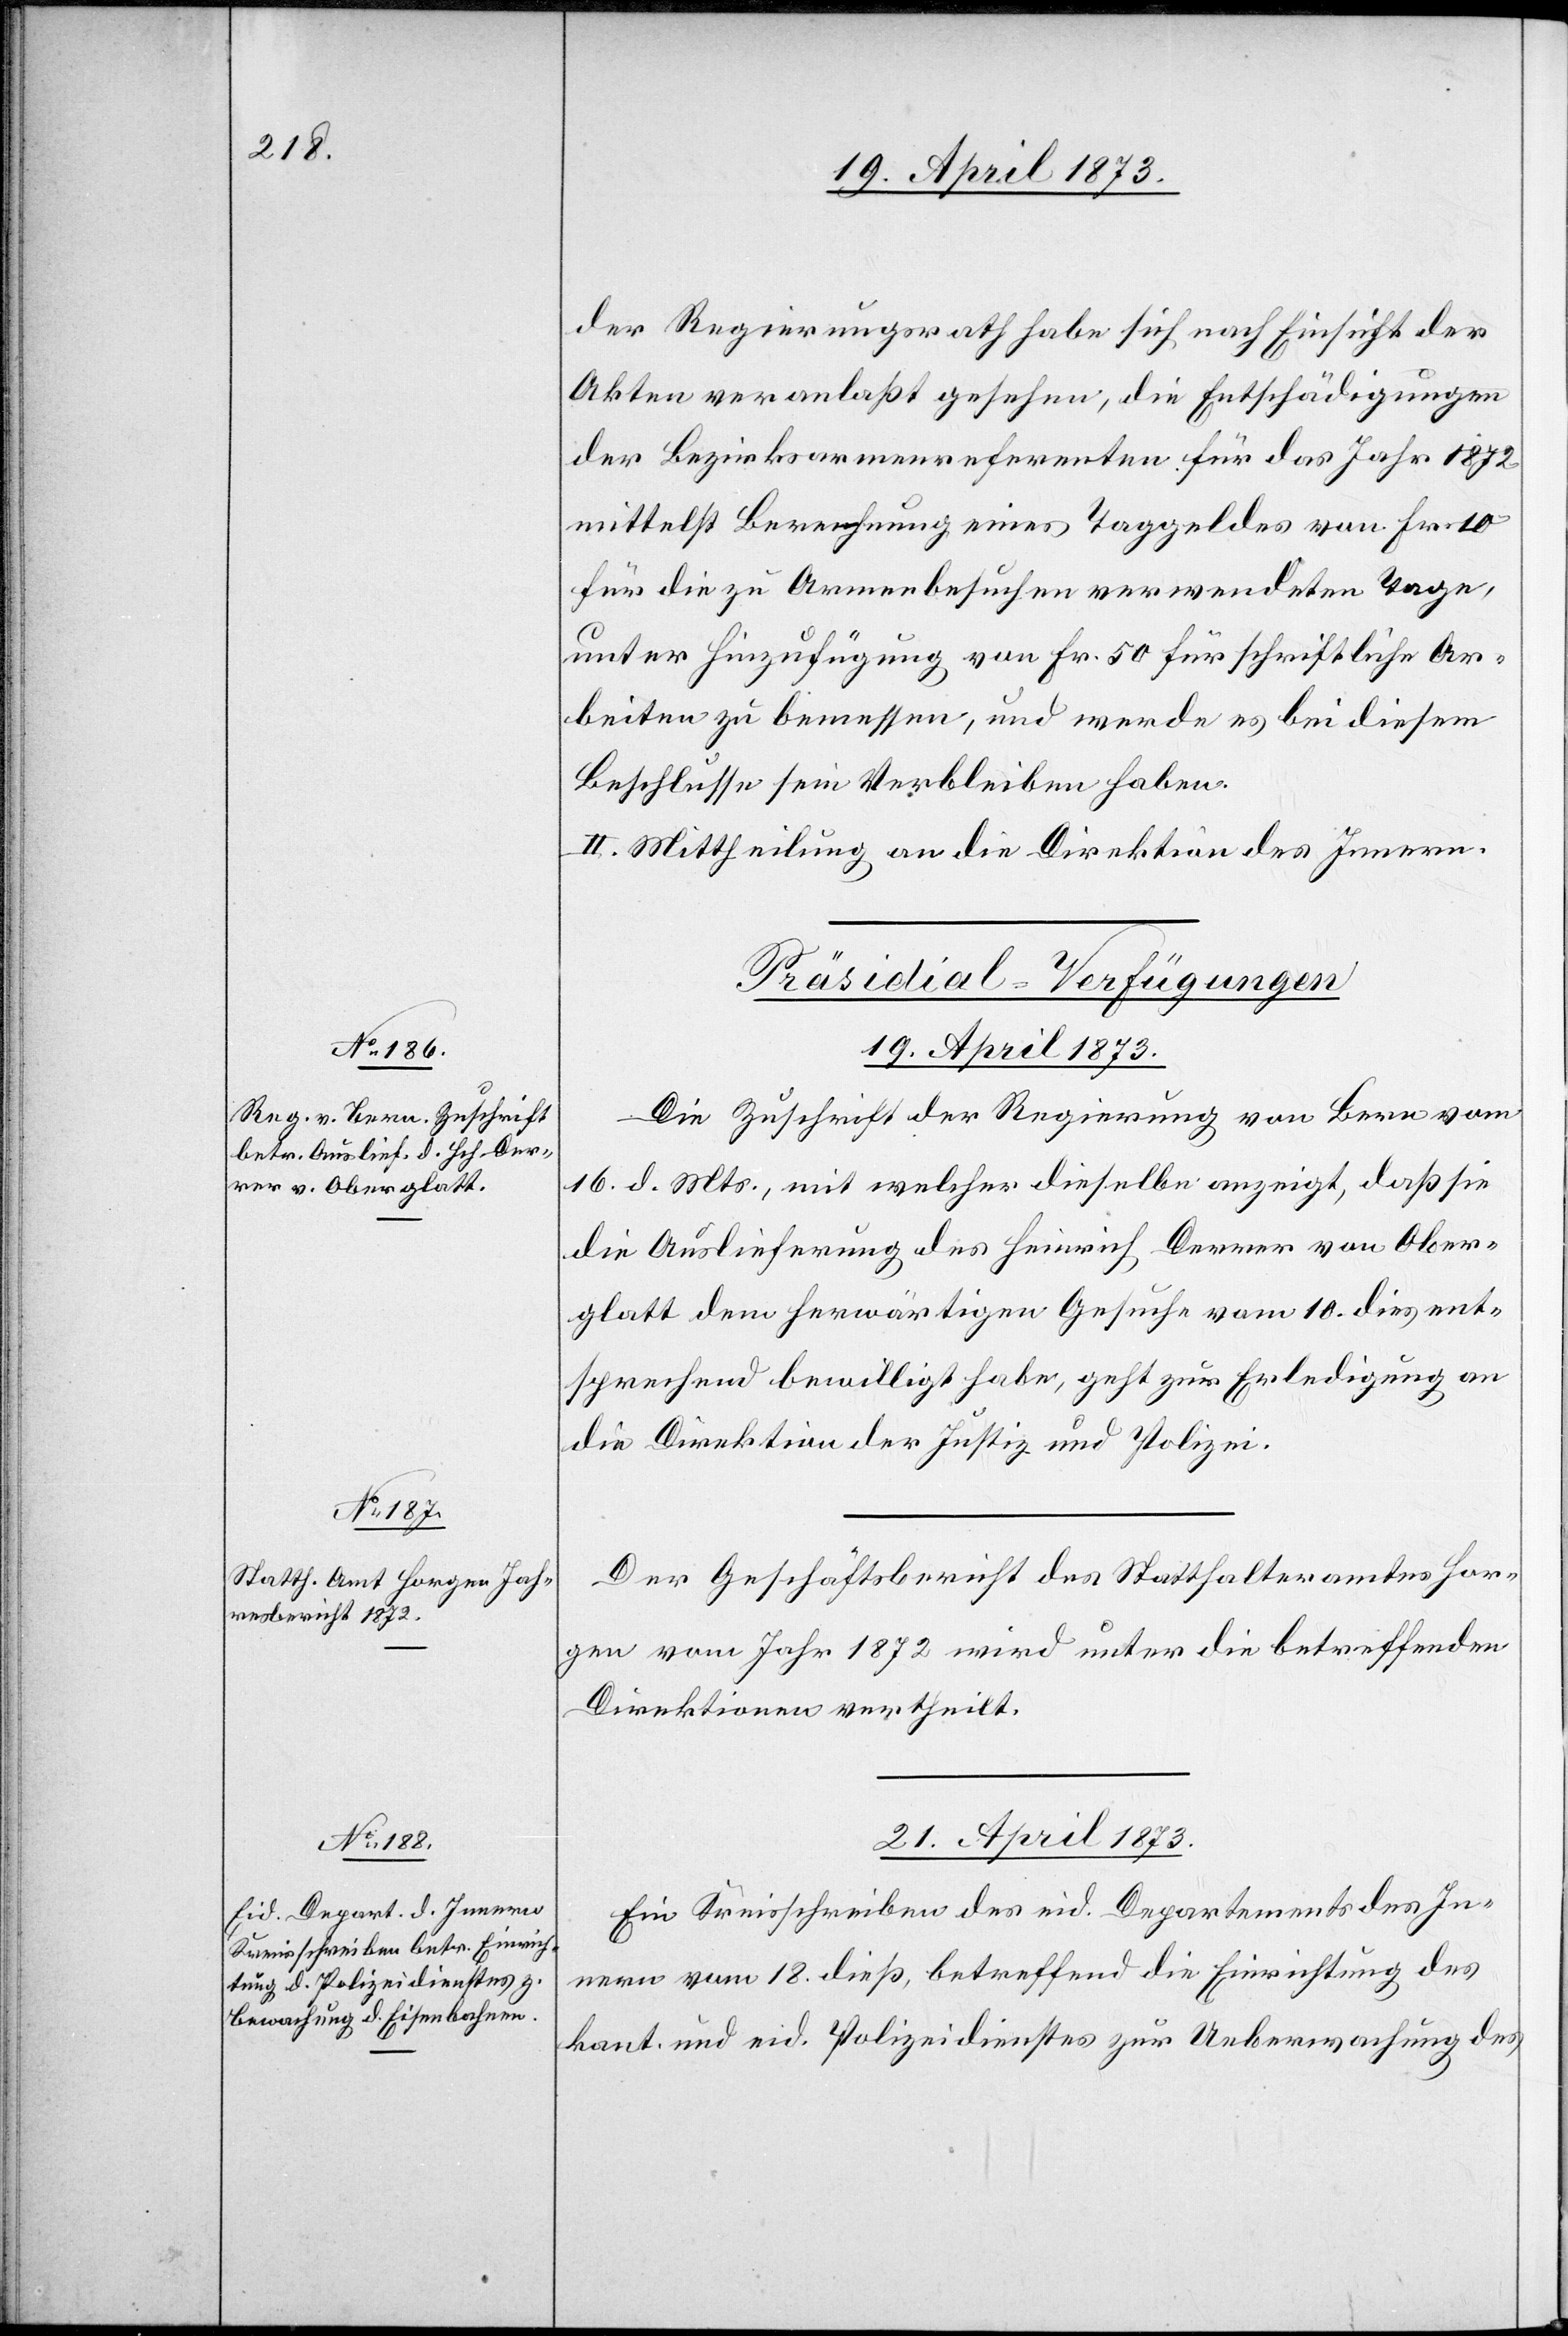
der Regierungsrath habe sich nach Einsicht der
Akten veranlaßt gesehen, die Entschädigungen
der Bezirksarmenreferenten für das Jahr 1872
mittelst Berechnung eines Taggeldes von Fr. 10
für die zu Armenbesuchen verwendeten Tage,
unter Hinzufügung von Fr. 50 für schriftliche Ar¬
beiten zu bemessen, und werde es bei diesem
Beschlusse sein Verbleiben haben.
II. Mittheilung an die Direktion des Innern.
[Präsidial-Verfügungen]
19. April 1873]
Die Zuschrift der Regierung von Bern vom
16. d. Mts., mit welcher dieselbe anzeigt, daß sie
die Auslieferung des Heinrich Derrer von Ober¬
glatt dem herwärtigen Gesuch vom 10. dies ent¬
sprechend bewilligt habe, geht zur Erledigung an
die Direktion der Justiz und Polizei.
Der Geschäftsbericht des Statthalteramtes Hor¬
gen vom Jahr 1872 wird unter die betreffenden
Direktionen vertheilt.
21. April 1873
Ein Kreisschreiben des eid. Departements des In¬
nern vom 18. dieß, betreffend die Einrichtung des
kant. und eid. Polizeidienstes zur Ueberwachung des